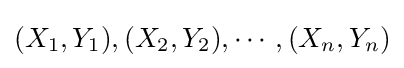
(X_{1},Y_{1}),(X_{2},Y_{2}),\cdots ,(X_{n},Y_{n})